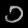
Digit: ၁